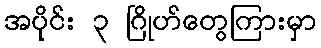
အပိုင်း ၃ ဂြိုဟ်တွေကြားမှာ